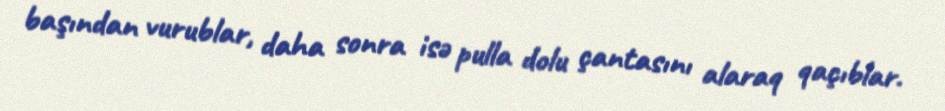
başından vurublar, daha sonra isə pulla dolu çantasını alaraq qaçıblar.